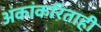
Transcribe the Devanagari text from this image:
अंकांकरिताही